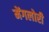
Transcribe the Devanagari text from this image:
मेंगलोरी